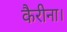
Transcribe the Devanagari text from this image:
कैरीना।